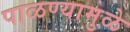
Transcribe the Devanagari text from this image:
पाळण्यामुळे